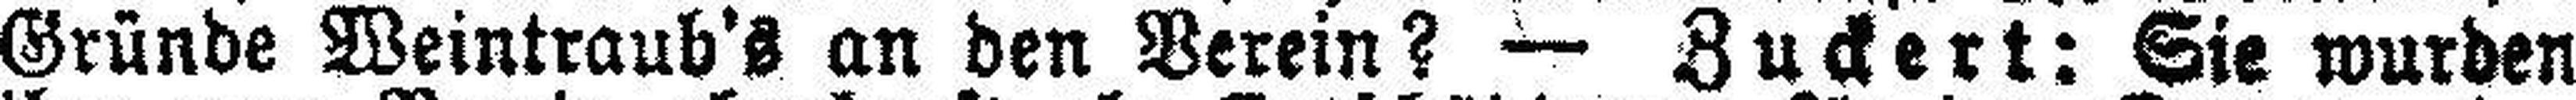
Gründe Weintraub's an den Verein? — Zuckert: Sie wurden